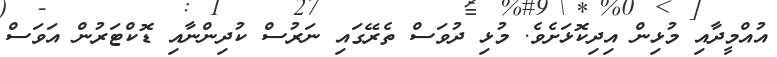
އުއްމީދާއި މުޅިން އިދިކޮޅަށެވެ. މުޅި ދުވަސް ތެރޭގައި ނަރުސް ކުދިންނާއި ޑޮކްޓަރުން އަވަސް